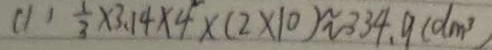
( 1 ) \frac { 1 } { 3 } \times 3 . 1 4 \times 4 ^ { 2 } \times ( 2 \times 1 0 ) \approx 3 3 4 . 9 ( d m ^ { 3 } )